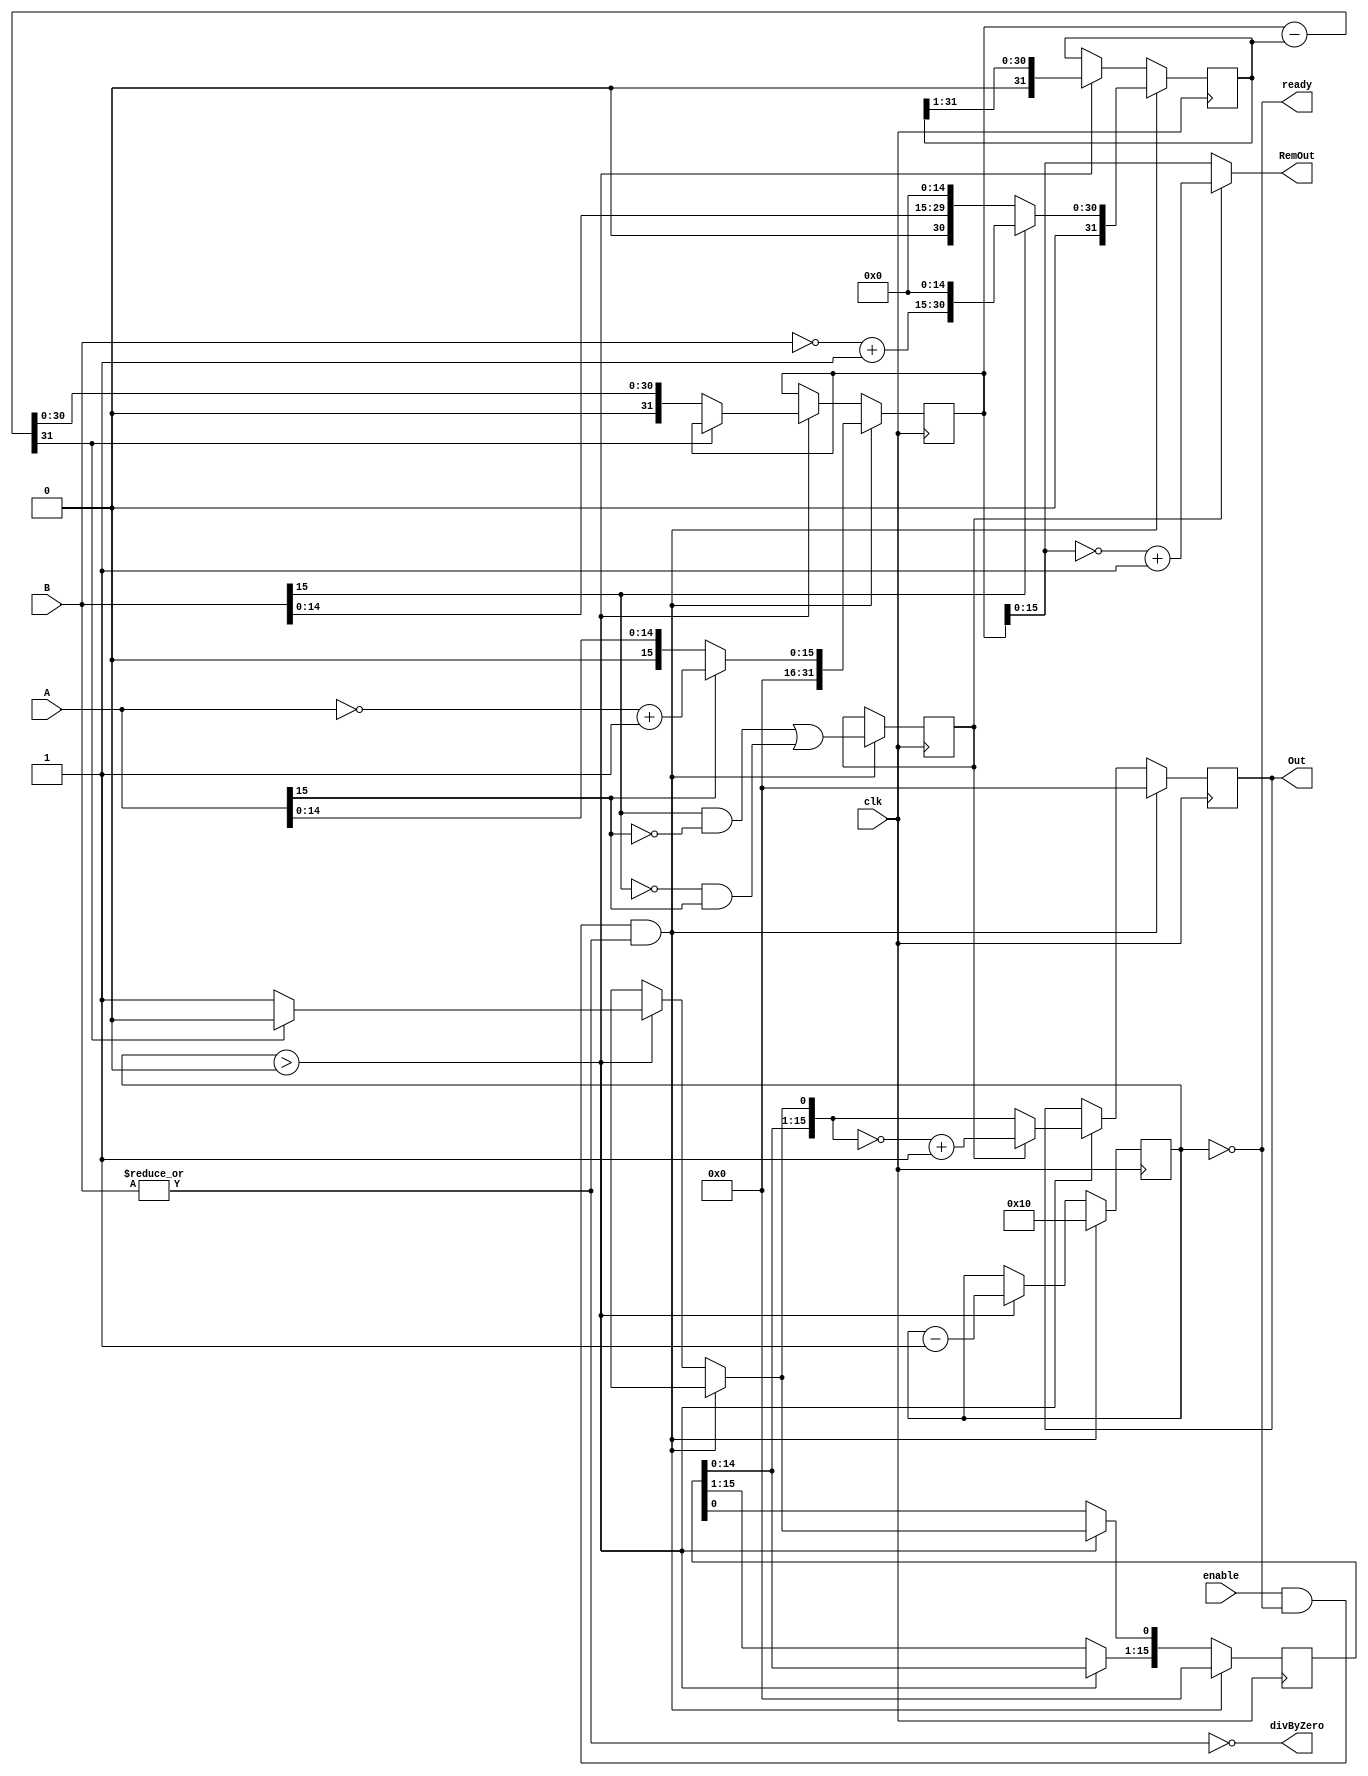
module div_16(A, B, enable, ready, Out, RemOut, clk, divByZero);

   input         clk, enable;
   input [15:0]  A, B;
   output [15:0] Out, RemOut;
   output        ready, divByZero;

   reg [15:0]    Out, Out_temp;
   reg [31:0]    A_copy, B_copy, diff;
   reg           negative_output;
   
   wire [15:0]   RemOut = (!negative_output) ? 
                             A_copy[15:0] : 
                             ~A_copy[15:0] + 1'b1;

   reg [5:0]     bit; //TODO
   wire          ready = !bit;

   initial bit = 0;
   initial negative_output = 0;

   assign divByZero = ~|B;

   always @( posedge clk ) 

     if( enable && ready && !divByZero ) begin

        bit = 6'd16; //TODO
        Out = 0;
        Out_temp = 0;
        A_copy = (!A[15]) ? 
                        {16'd0,A} : 
                        {16'd0,~A + 1'b1};
        B_copy = (!B[15]) ? 
                       {1'b0,B,15'd0} : 
                       {1'b0,~B + 1'b1,15'd0};

        negative_output = ((B[15] && !A[15]) 
                        ||(!B[15] && A[15]));
        
     end 
     else if ( bit > 0 ) begin

        diff = A_copy - B_copy;

        Out_temp = Out_temp << 1;

        if( !diff[31] ) begin

           A_copy = diff;
           Out_temp[0] = 1'd1;

        end

        Out = (!negative_output) ? 
                   Out_temp : 
                   ~Out_temp + 1'b1;

        B_copy = B_copy >> 1;
        bit = bit - 1'b1;

     end
endmodule